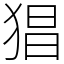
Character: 猖